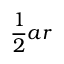
{ \frac { 1 } { 2 } } a r